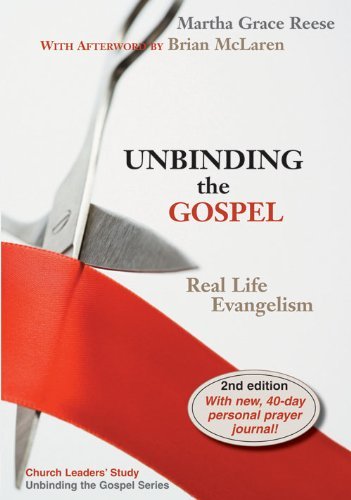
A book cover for Unbinding the Gospel: Real Life Evangelism, 2nd Edition; Martha Grace Reese; Christian Books & Bibles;